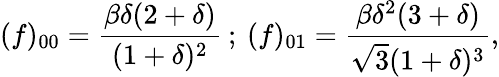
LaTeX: (f)_{00}=\frac{\beta\delta(2+\delta)}{(1+\delta)^{2}}\: ;\: (f)_{01}=\frac{\beta\delta^{2}(3+\delta)}{\sqrt{3}(1+\delta)^{3}},